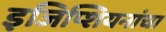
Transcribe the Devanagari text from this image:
इजिप्शियनांचा